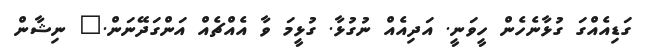
ގަޑިއެއްގަ ގުޅާނެހެން ހީވަނީ. އަދިއެއް ނުގުޅާ. ގުޅީމަ ވާ އެއްޗެއް އަންގަދޭނަން." ނިޝާން